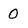
Character: 0